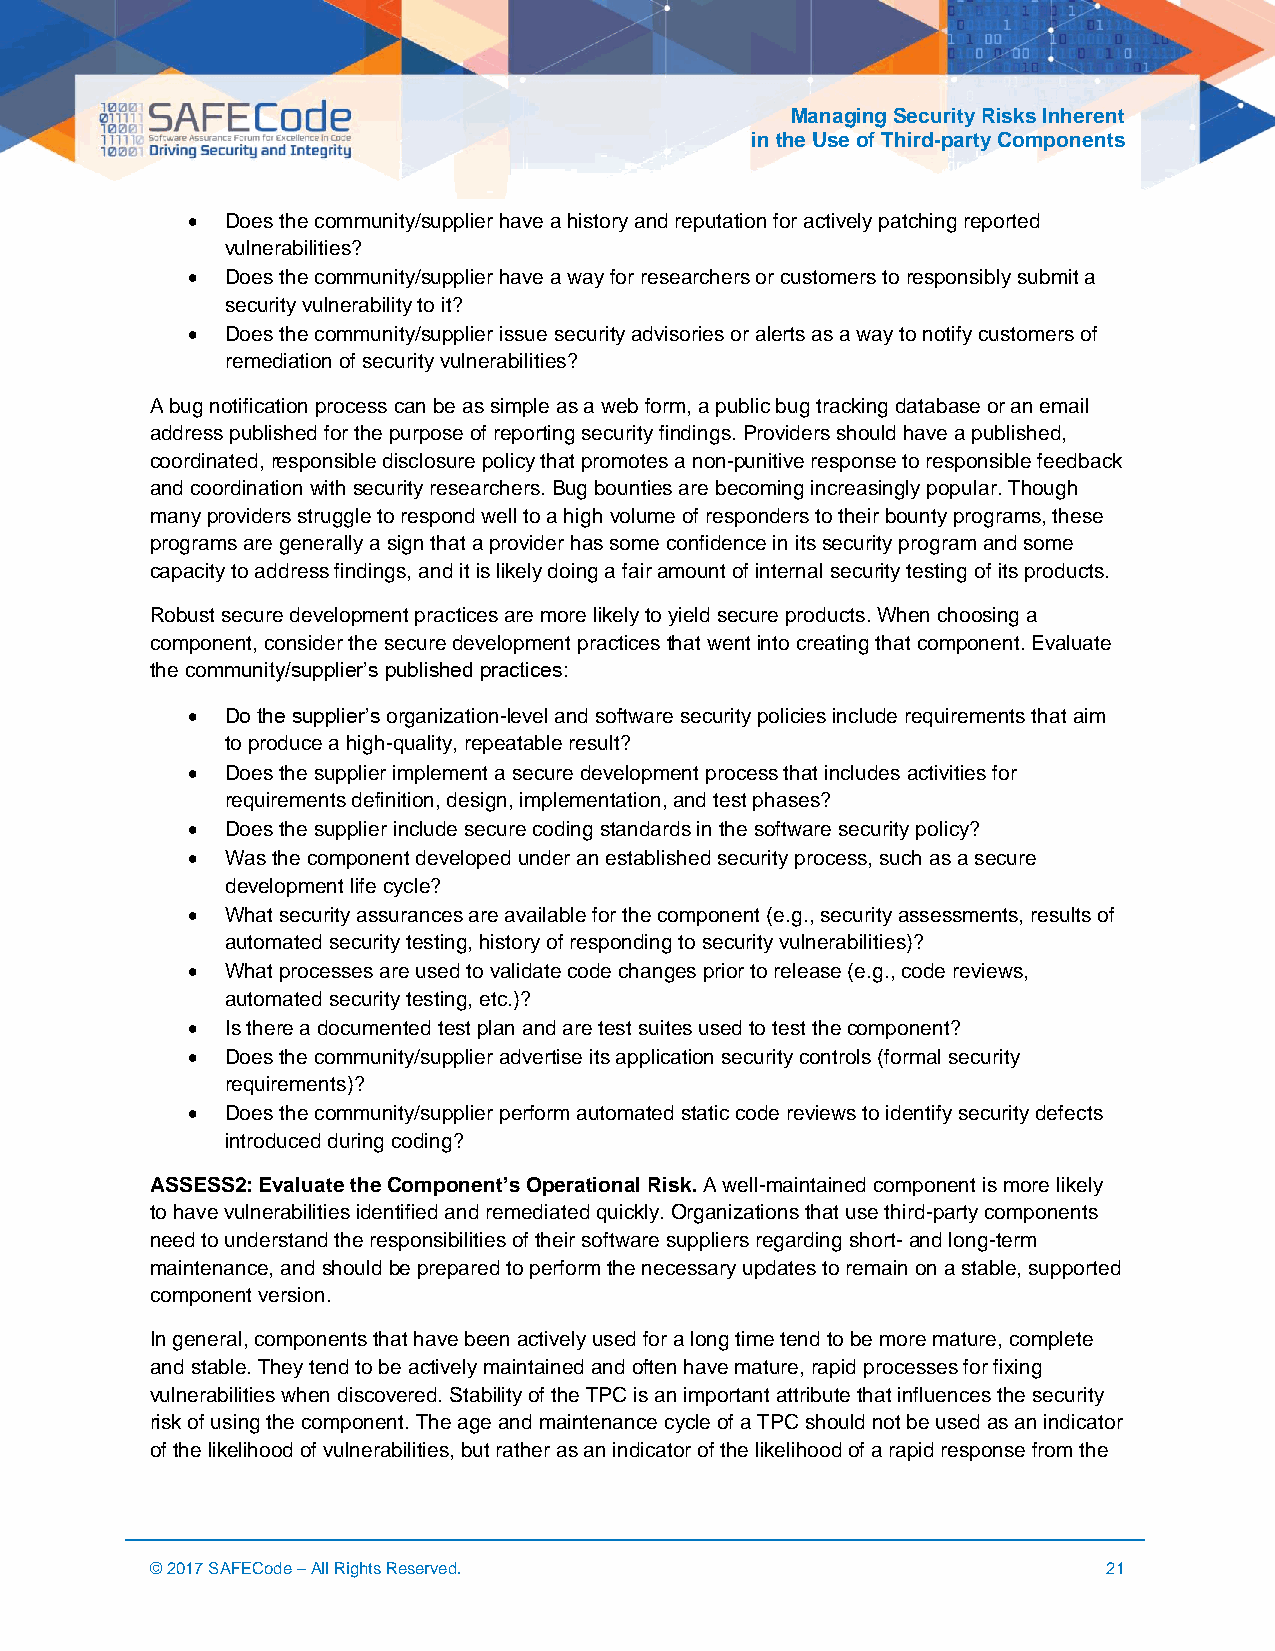
Managing Security Risks Inherent
 in the Use of Third-party Components
 •  Does the community/supplier have a history and reputation for actively patching reported
 vulnerabilities?
 •  Does the community/supplier have a way for researchers or customers to responsibly submit a
 security vulnerability to it?
 •  Does the community/supplier issue security advisories or alerts as a way to notify customers of
 remediation of security vulnerabilities?
 A bug notification process can be as simple as a web form, a public bug tracking database or an email
 address published for the purpose of reporting security findings. Providers should have a published,
 coordinated, responsible disclosure policy that promotes a non-punitive response to responsible feedback
 and coordination with security researchers. Bug bounties are becoming increasingly popular. Though
 many providers struggle to respond well to a high volume of responders to their bounty programs, these
 programs are generally a sign that a provider has some confidence in its security program and some
 capacity to address findings, and it is likely doing a fair amount of internal security testing of its products.
 Robust secure development practices are more likely to yield secure products. When choosing a
 component, consider the secure development practices that went into creating that component. Evaluate
 the community/supplier’s published practices:
 •  Do the supplier’s organization-level and software security policies include requirements that aim
 to produce a high-quality, repeatable result?
 •  Does the supplier implement a secure development process that includes activities for
 requirements definition, design, implementation, and test phases?
 •  Does the supplier include secure coding standards in the software security policy?
 •  Was the component developed under an established security process, such as a secure
 development life cycle?
 •  What security assurances are available for the component (e.g., security assessments, results of
 automated security testing, history of responding to security vulnerabilities)?
 •  What processes are used to validate code changes prior to release (e.g., code reviews,
 automated security testing, etc.)?
 •  Is there a documented test plan and are test suites used to test the component?
 •  Does the community/supplier advertise its application security controls (formal security
 requirements)?
 •  Does the community/supplier perform automated static code reviews to identify security defects
 introduced during coding?
 ASSESS2: Evaluate the Component’s Operational Risk. A well-maintained component is more likely
 to have vulnerabilities identified and remediated quickly. Organizations that use third-party components
 need to understand the responsibilities of their software suppliers regarding short- and long-term
 maintenance, and should be prepared to perform the necessary updates to remain on a stable, supported
 component version.
 In general, components that have been actively used for a long time tend to be more mature, complete
 and stable. They tend to be actively maintained and often have mature, rapid processes for fixing
 vulnerabilities when discovered. Stability of the TPC is an important attribute that influences the security
 risk of using the component. The age and maintenance cycle of a TPC should not be used as an indicator
 of the likelihood of vulnerabilities, but rather as an indicator of the likelihood of a rapid response from the
 © 2017 SAFECode – All Rights Reserved.                         21